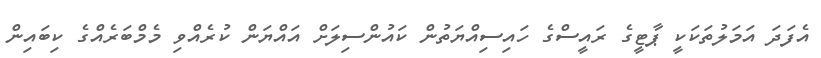
އެފަދަ އަމަލުތަކަކީ ޕާޓީގެ ރައީސްގެ ހައިސިއްޔަތުން ކައުންސިލަށް އައްޔަން ކުރެއްވި މެމްބަރެއްގެ ކިބައިން